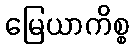
မြေယာကိစ္စ